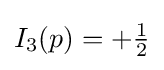
I_{3}(p)=+{\tfrac {1}{2}}